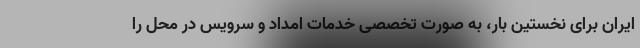
ایران برای نخستین بار، به صورت تخصصی خدمات امداد و سرویس در محل را